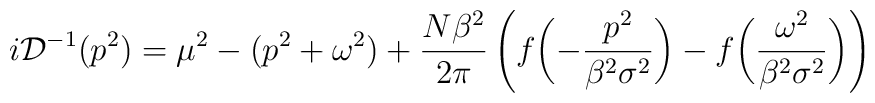
i{\cal D}^{-1}(p^2) = \mu^2  - (p^2 + \omega^2) + \frac{N\beta^2}{2\pi}\left(f\biggl(-\frac{p^2}{\beta^2\sigma^2}\biggr) - f\biggl(\frac{\omega^2}{\beta^2\sigma^2}\biggr)\right)